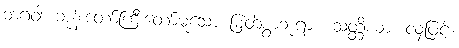
ဘဂဝါ၊ ဘုန်းတော်ကြီးတော်မူသော မြတ်စွာဘုရား။ သတ္တိယာ၊ လှံဖြင့်။